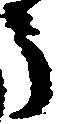
う